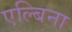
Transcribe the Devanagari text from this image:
एल्बिना